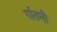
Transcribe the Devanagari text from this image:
र्गातमी